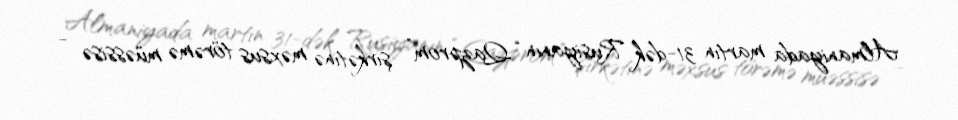
Almaniyada martın 31-dək Rusiyanın “Qazprom” şirkətinə məxsus törəmə müəssisə -